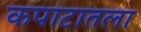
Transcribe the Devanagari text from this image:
कपाटातला